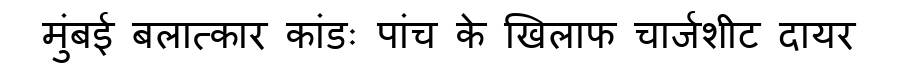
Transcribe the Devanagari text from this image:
मुंबई बलात्कार कांडः पांच के खिलाफ चार्जशीट दायर